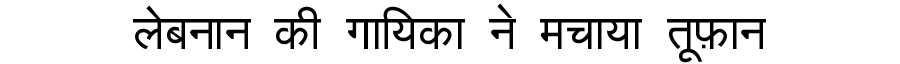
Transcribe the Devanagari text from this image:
लेबनान की गायिका ने मचाया तूफ़ान